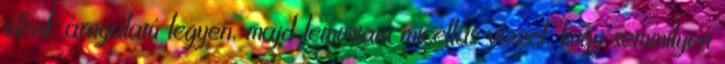
élénk árnyalatú legyen, majd lemostam micellás vízzel, hogy semmilyen